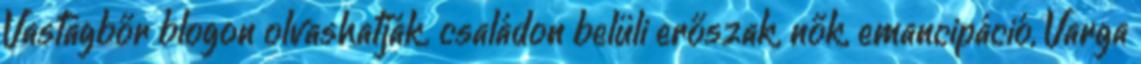
Vastagbőr blogon olvashatják. családon belüli erőszak, nők, emancipáció, Varga